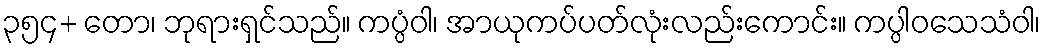
၃၅၄+ တော၊ ဘုရားရှင်သည်။ ကပ္ပံဝါ၊ အာယုကပ်ပတ်လုံးလည်းကောင်း။ ကပ္ပါဝသေသံဝါ၊